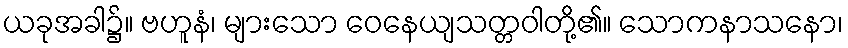
ယခုအခါ၌။ ဗဟူနံ၊ များသော ဝေနေယျသတ္တဝါတို့၏။ သောကနာသနော၊